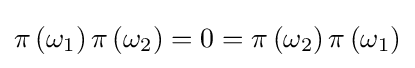
\pi \left(\omega _{1}\right)\pi \left(\omega _{2}\right)=0=\pi \left(\omega _{2}\right)\pi \left(\omega _{1}\right)